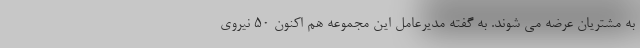
به مشتریان عرضه می شوند. به گفته مدیرعامل این مجموعه هم اکنون ۵۰ نیروی